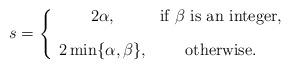
LaTeX: \begin{align*}s = \left\{\begin{array}{ccc} {\displaystyle 2\alpha}, & \mbox{if $\beta$ is an integer}, \\ [10pt] {\displaystyle 2 \min\{\alpha, \beta \} }, & \mbox{otherwise}. \end{array} \right.\end{align*}